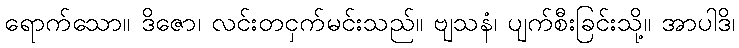
ရောက်သော။ ဒိဇော၊ လင်းတငှက်မင်းသည်။ ဗျသနံ၊ ပျက်စီးခြင်းသို့။ အာပါဒိ၊